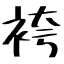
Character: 袴